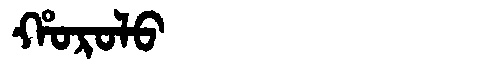
Manchu: ᡥᠣᡵᠣᠯᠣ
Romanization: HOROLO